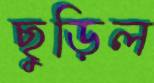
ছুড়িল